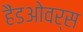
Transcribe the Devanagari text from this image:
हैंडओवर्स